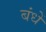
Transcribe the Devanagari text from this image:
बंधें